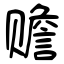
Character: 赡